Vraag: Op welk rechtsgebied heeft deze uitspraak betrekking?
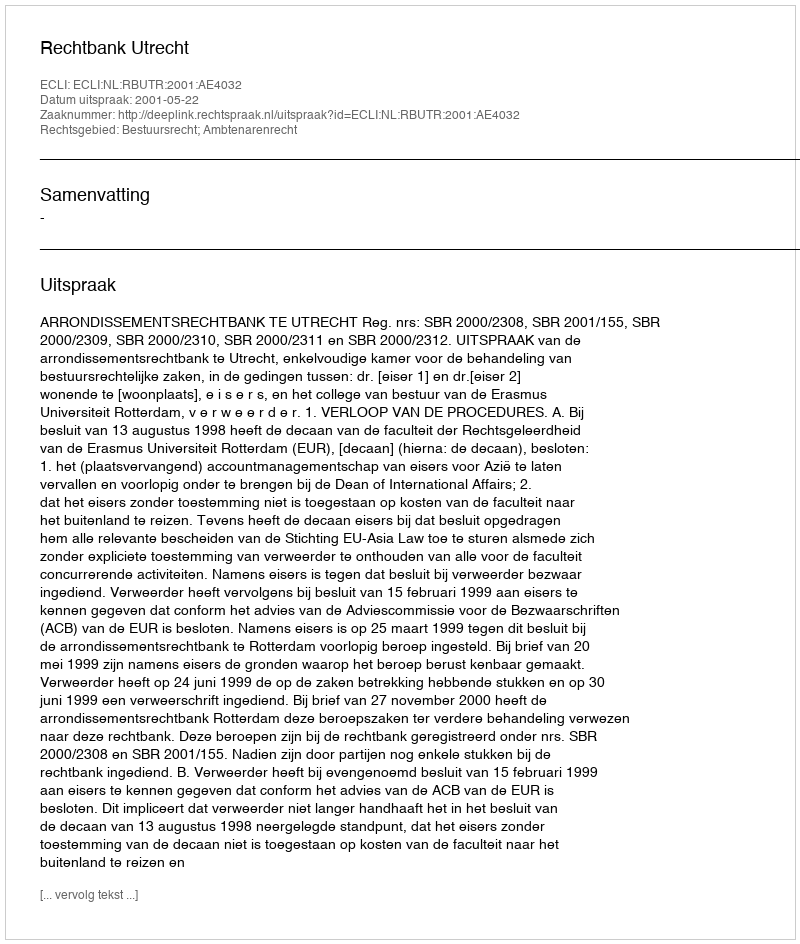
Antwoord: Bestuursrecht; Ambtenarenrecht